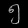
Digit: ၅